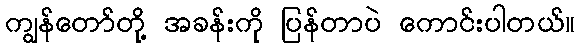
ကျွန်တော်တို့ အခန်းကို ပြန်တာပဲ ကောင်းပါတယ်။